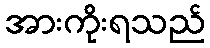
အားကိုးရသည်